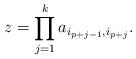
LaTeX: \begin{align*}z=\prod_{j=1}^{k} a_{i_{p+j-1},i_{p+j}}.\end{align*}